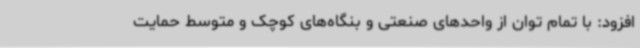
افزود: با تمام توان از واحدهای صنعتی و بنگاه‌های کوچک و متوسط حمایت